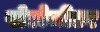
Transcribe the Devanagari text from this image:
पोटोमीटर